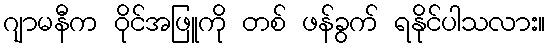
ဂျာမနီက ဝိုင်အဖြူကို တစ် ဖန်ခွက် ရနိုင်ပါသလား။